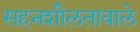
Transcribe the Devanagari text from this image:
सहनशीलतावाले